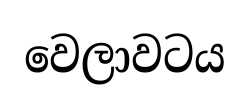
වෙලාවටය